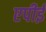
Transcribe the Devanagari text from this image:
एपीई